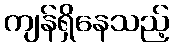
ကျန်ရှိနေသည့်